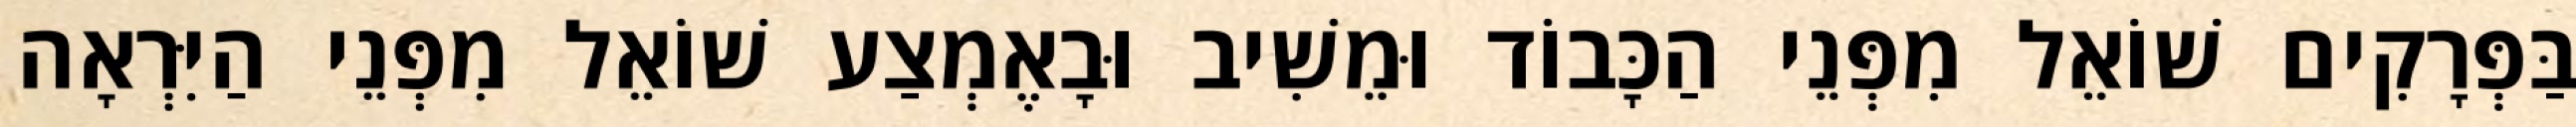
בַּפְּרָקִים שׁוֹאֵל מִפְּנֵי הַכָּבוֹד וּמֵשִׁיב וּבָאֶמְצַע שׁוֹאֵל מִפְּנֵי הַיִּרְאָה